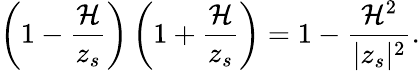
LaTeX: \left(1-\frac{{\cal H}}{z_{s}}\right)\left(1+\frac{{\cal H}}{z_{s}}\right)=1-\frac{{\cal H}^{2}}{|z_{s}|^{2}}.